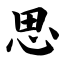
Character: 思